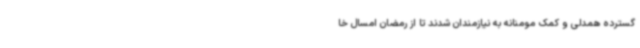
گسترده همدلی و کمک مومنانه به نیازمندان شدند تا از رمضان امسال خا